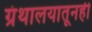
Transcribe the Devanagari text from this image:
ग्रंथालयातूनही